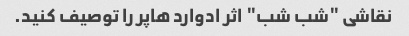
نقاشی "شب شب" اثر ادوارد هاپر را توصیف کنید.